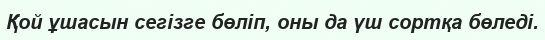
Қой ұшасын сегізге бөліп, оны да үш сортқа бөледі.